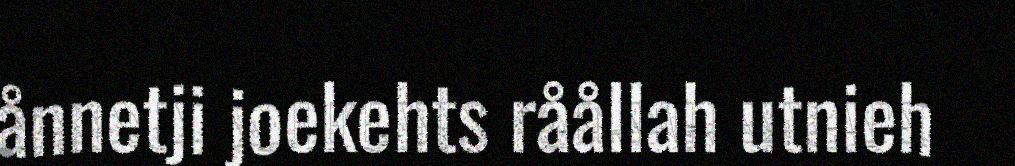
ånnetji joekehts råållah utnieh